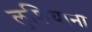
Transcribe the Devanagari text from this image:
लुशियाना